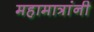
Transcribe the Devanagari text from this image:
महामात्रांनी